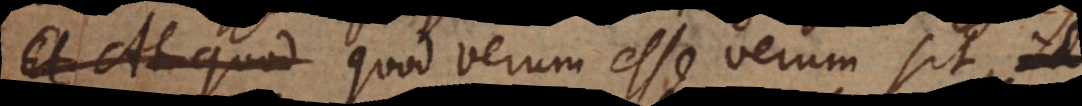
e; quod verum esse verum sit,